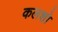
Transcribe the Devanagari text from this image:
कलशो